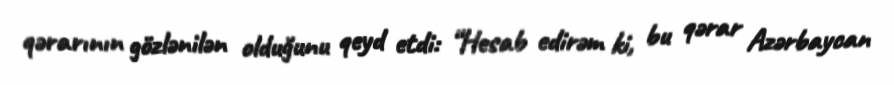
qərarının gözlənilən olduğunu qeyd etdi: “Hesab edirəm ki, bu qərar Azərbaycan